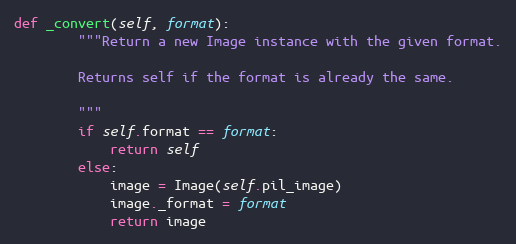
Language: Python
def _convert(self, format):
        """Return a new Image instance with the given format.

        Returns self if the format is already the same.

        """
        if self.format == format:
            return self
        else:
            image = Image(self.pil_image)
            image._format = format
            return image